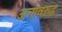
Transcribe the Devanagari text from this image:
अनावरुद्ध